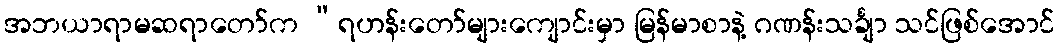
အဘယာရာမဆရာတော်က “ရဟန်းတော်များကျောင်းမှာ မြန်မာစာနဲ့ ဂဏန်းသင်္ချာ သင်ဖြစ်အောင်